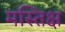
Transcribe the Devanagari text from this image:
मस्तिक्ष